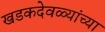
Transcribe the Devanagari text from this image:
खडकदेवळ्यांच्या